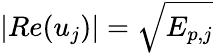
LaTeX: \left|Re(u_{j})\right|=\sqrt{E_{p,j}}